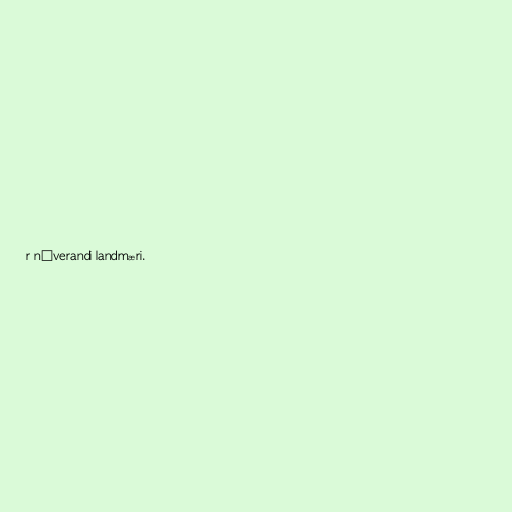
r núverandi landmæri.